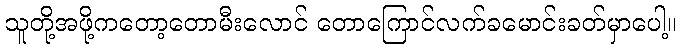
သူတို့အဖို့ကတော့တောမီးလောင် တောကြောင်လက်ခမောင်းခတ်မှာပေါ့။